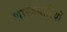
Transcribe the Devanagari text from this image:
शास्त्रधारियों